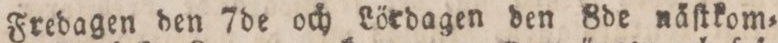
Fredagen den 7de och Lördagen den 8de näſtkom=